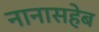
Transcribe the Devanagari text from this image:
नानासहेब